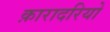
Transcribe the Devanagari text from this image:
क़ारादरियो